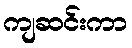
ကျဆင်းကာ